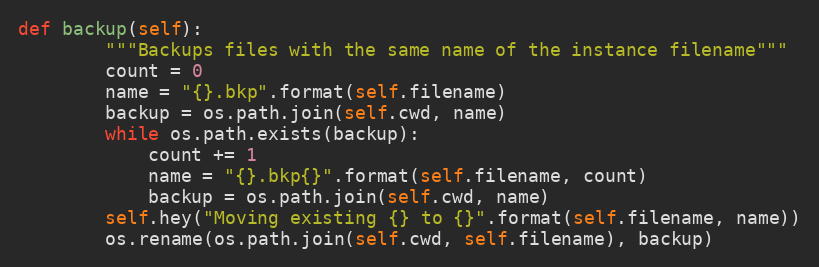
Language: Python
def backup(self):
        """Backups files with the same name of the instance filename"""
        count = 0
        name = "{}.bkp".format(self.filename)
        backup = os.path.join(self.cwd, name)
        while os.path.exists(backup):
            count += 1
            name = "{}.bkp{}".format(self.filename, count)
            backup = os.path.join(self.cwd, name)
        self.hey("Moving existing {} to {}".format(self.filename, name))
        os.rename(os.path.join(self.cwd, self.filename), backup)